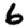
Digit: 6